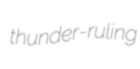
thunder-ruling